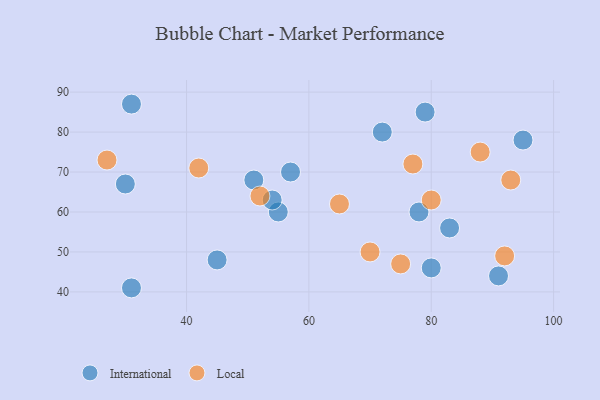
{"axis": {"x": "GDP", "y": "Life Expectancy"}, "legend": ["International", "Local"], "data": [{"x": "31", "y": 87, "type": "International"}, {"x": "55", "y": 60, "type": "International"}, {"x": "54", "y": 63, "type": "International"}, {"x": "78", "y": 60, "type": "International"}, {"x": "95", "y": 78, "type": "International"}, {"x": "30", "y": 67, "type": "International"}, {"x": "72", "y": 80, "type": "International"}, {"x": "80", "y": 46, "type": "International"}, {"x": "83", "y": 56, "type": "International"}, {"x": "79", "y": 85, "type": "International"}, {"x": "51", "y": 68, "type": "International"}, {"x": "57", "y": 70, "type": "International"}, {"x": "91", "y": 44, "type": "International"}, {"x": "45", "y": 48, "type": "International"}, {"x": "31", "y": 41, "type": "International"}, {"x": "70", "y": 50, "type": "Local"}, {"x": "52", "y": 64, "type": "Local"}, {"x": "42", "y": 71, "type": "Local"}, {"x": "93", "y": 68, "type": "Local"}, {"x": "27", "y": 73, "type": "Local"}, {"x": "92", "y": 49, "type": "Local"}, {"x": "80", "y": 63, "type": "Local"}, {"x": "65", "y": 62, "type": "Local"}, {"x": "77", "y": 72, "type": "Local"}, {"x": "88", "y": 75, "type": "Local"}, {"x": "75", "y": 47, "type": "Local"}]}